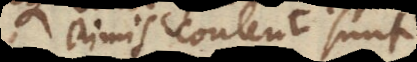
nimis contenti sunt